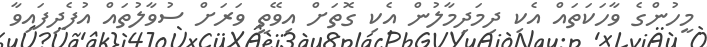
މީހުންގެ ވާހަކަތައް އެކި ދިމަދިމާލުން އެކި ގޮތަށް އިވޭތީ ވަރަށް ސުވާލުތައް އުފެދިފައިވާ